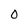
Character: O